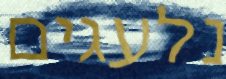
נלעגים